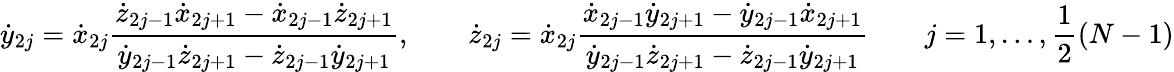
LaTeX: {\dot{y}}_{2j}={\dot{x}}_{2j}\frac{{\dot{z}}_{2j-1}{\dot{x}}_{2j+1}-{\dot{x}}_{2j-1}{\dot{z}}_{2j+1}}{{\dot{y}}_{2j-1}{\dot{z}}_{2j+1}-{\dot{z}}_{2j-1}{\dot{y}}_{2j+1}},\qquad{\dot{z}}_{2j}={\dot{x}}_{2j}\frac{{\dot{x}}_{2j-1}{\dot{y}}_{2j+1}-{\dot{y}}_{2j-1}{\dot{x}}_{2j+1}}{{\dot{y}}_{2j-1}{\dot{z}}_{2j+1}-{\dot{z}}_{2j-1}{\dot{y}}_{2j+1}}\qquad j=1,\dots,\frac{1}{2}(N-1)